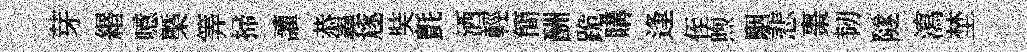
芽緡噫槩筭掃讙恭嶤豗奘氈洒輕簡酬跪購逢侄煦駰悲棗韧隧瀉埜